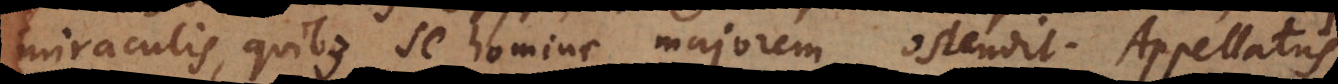
miraculis, quibus se homine majorem ostendit. Appellatus